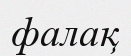
фалақ